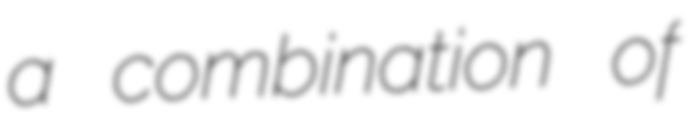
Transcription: a combination of